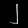
Digit: ၂